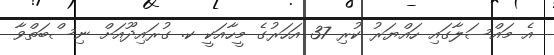
އެ މައްސަލާގައި ހައްޔަރު ކުރި 37 އަހަރުގެ މީހާއަކީ ކ. ގުރައިދޫއަށް ނިސްބަތްވާ